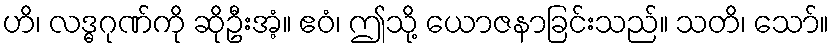
ဟိ၊ လဒ္ဓဂုဏ်ကို ဆိုဦးအံ့။ ဧဝံ၊ ဤသို့ ယောဇနာခြင်းသည်။ သတိ၊ သော်။